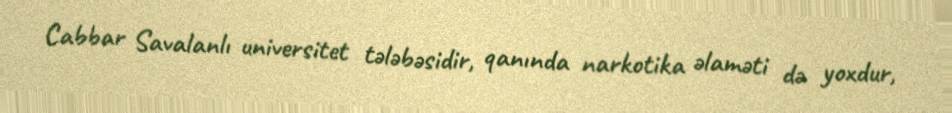
Cabbar Savalanlı universitet tələbəsidir, qanında narkotika əlaməti də yoxdur,